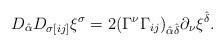
LaTeX: \begin{align*}D_{\hat\alpha}D_{\sigma[ij]}\xi^{\sigma} = 2(\Gamma^\nu\Gamma_{ij})_{\hat\alpha\hat\delta}\partial_\nu\xi^{\hat\delta}.\end{align*}